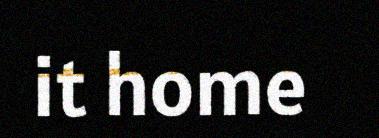
it home